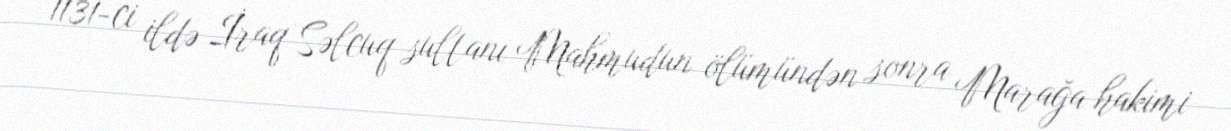
1131-ci ildə İraq Səlcuq sultanı Mahmudun ölümündən sonra Marağa hakimi